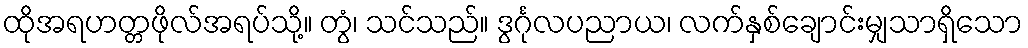
ထိုအရဟတ္တဖိုလ်အရပ်သို့။ တွံ၊ သင်သည်။ ဒွင်္ဂုလပညာယ၊ လက်နှစ်ချောင်းမျှသာရှိသော